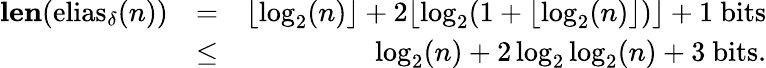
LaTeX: \begin{array}{rlr}{{\mathbf{len}(\mathrm{elias}_{\delta}(n))}}&{=}&{\lfloor\log_{2}(n)\rfloor+2\lfloor\log_{2}(1+\lfloor\log_{2}(n)\rfloor)\rfloor+1\mathrm{~bits}}\\ &{\leq}&{\log_{2}(n)+2\log_{2}\log_{2}(n)+3\mathrm{~bits}.}\end{array}